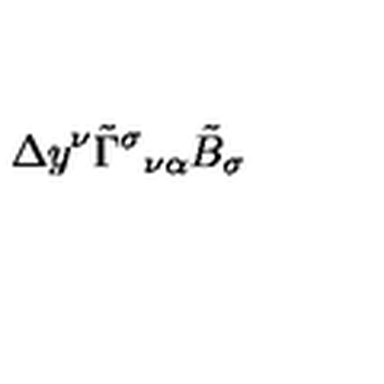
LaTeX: \Delta y ^ { \nu } \tilde { \Gamma } ^ { \sigma } { } _ { \nu \alpha } \tilde { B } _ { \sigma }